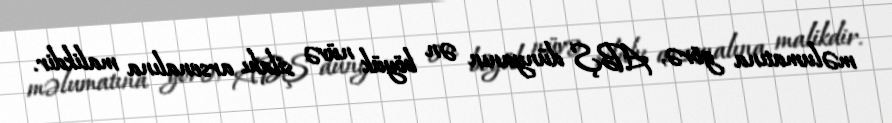
məlumatına görə, ABŞ dünyanın ən böyük nüvə silahı arsenalına malikdir.